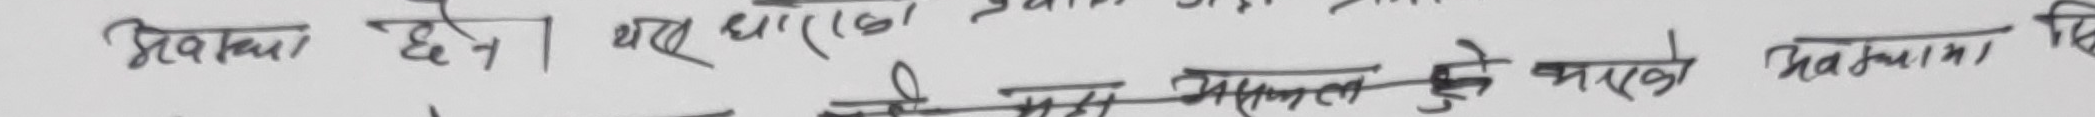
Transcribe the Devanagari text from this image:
प्रेरणा छैन। नयाँ धारणा (१)
तेर अमल के बारेको धारणा